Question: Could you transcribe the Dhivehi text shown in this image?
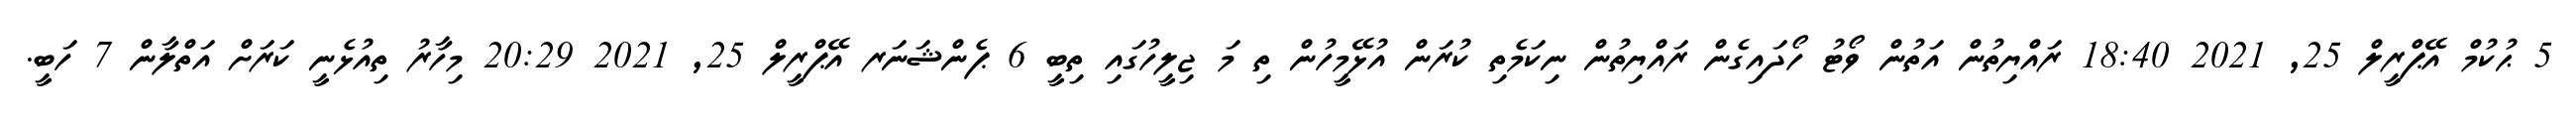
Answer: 5 ޙުކުމް އޭޕްރީލް 25, 2021 18:40 ރައްޔިތުން އަތުން ވޯޓު ހޯދައިގެން ރައްޔިތުން ނިކަމެތި ކުރަން އުޅޭމީހުން ތި މަ ޖިލީހުގައި ތިބީ 6 ޕެންޝަނަރ އޭޕްރީލް 25, 2021 20:29 މިހާރު ތިއުޅެނީ ކަރަށް އަތްލާން 7 ހަބީ.